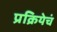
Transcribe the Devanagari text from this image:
प्रक्रियेचं